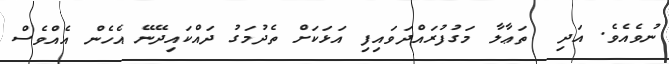
ނުވެއެވެ. އަދި  ތަޢާލާ މަގުފުރައްދަވައިފި އަޅަކަށް ތެދުމަގު ދައްކައިދޭނޭ އެހެން އެއްވެސް